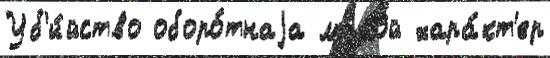
Уб'и́йство оборо́тнаjа ма́лой хара́кт'ер